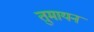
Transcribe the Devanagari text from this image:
तुमायन